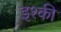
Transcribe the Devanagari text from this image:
इश्की